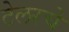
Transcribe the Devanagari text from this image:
टेलरचे